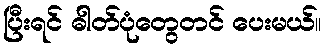
ပြီးရင် ဓါတ်ပုံတွေတင် ပေးမယ်။